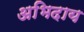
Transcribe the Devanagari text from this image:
अभिदाय